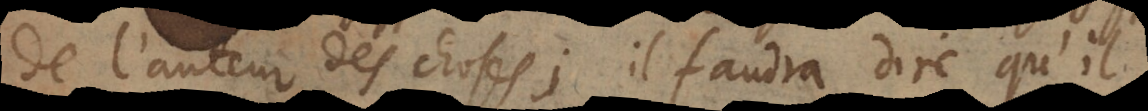
de l’auteur des choses; il faudra dire qu’il